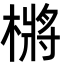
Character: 㯍